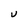
Character: U